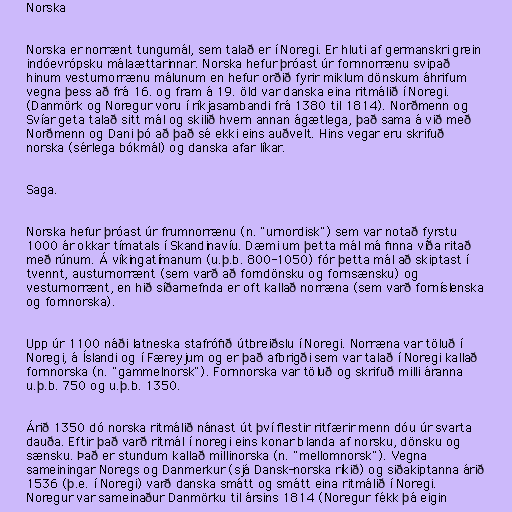
Norska

Norska er norrænt tungumál, sem talað er í Noregi. Er hluti af germanskri grein
indóevrópsku málaættarinnar. Norska hefur þróast úr fornnorrænu svipað
hinum vesturnorrænu málunum en hefur orðið fyrir miklum dönskum áhrifum
vegna þess að frá 16. og fram á 19. öld var danska eina ritmálið í Noregi.
(Danmörk og Noregur voru í ríkjasambandi frá 1380 til 1814). Norðmenn og
Svíar geta talað sitt mál og skilið hvern annan ágætlega, það sama á við með
Norðmenn og Dani þó að það sé ekki eins auðvelt. Hins vegar eru skrifuð
norska (sérlega bókmál) og danska afar líkar.

Saga.

Norska hefur þróast úr frumnorrænu (n. "urnordisk") sem var notað fyrstu
1000 ár okkar tímatals í Skandinavíu. Dæmi um þetta mál má finna víða ritað
með rúnum. Á víkingatímanum (u.þ.b. 800-1050) fór þetta mál að skiptast í
tvennt, austurnorrænt (sem varð að forndönsku og fornsænsku) og
vesturnorrænt, en hið síðarnefnda er oft kallað norræna (sem varð forníslenska
og fornnorska).

Upp úr 1100 náði latneska stafrófið útbreiðslu í Noregi. Norræna var töluð í
Noregi, á Íslandi og í Færeyjum og er það afbrigði sem var talað í Noregi kallað
fornnorska (n. "gammelnorsk"). Fornnorska var töluð og skrifuð milli áranna
u.þ.b. 750 og u.þ.b. 1350.

Árið 1350 dó norska ritmálið nánast út því flestir ritfærir menn dóu úr svarta
dauða. Eftir það varð ritmál í noregi eins konar blanda af norsku, dönsku og
sænsku. Það er stundum kallað millinorska (n. "mellomnorsk"). Vegna
sameiningar Noregs og Danmerkur (sjá Dansk-norska ríkið) og siðakiptanna árið
1536 (þ.e. í Noregi) varð danska smátt og smátt eina ritmálið í Noregi.
Noregur var sameinaður Danmörku til ársins 1814 (Noregur fékk þá eigin